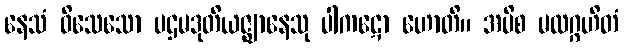
နေသံ ဝိသေသော ပဌမဒုတိယဇ္ဈာနေသု ပါကဋော ဟောတိ။ အပိစ မလဂ္ဂဟိတံ